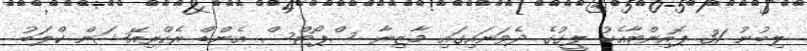
ލިބުނު 31 ޕޮއިންޓާއެކު ލީގުގެ ދެވަނައިގައި މާޒިޔާ ސްޕޯޓްސް އެންޑް ރެކްރިއޭޝަން ކްލަބު